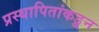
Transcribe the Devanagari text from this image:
प्रस्थापितांकडून